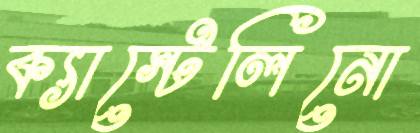
ক্যাস্টেলিনো